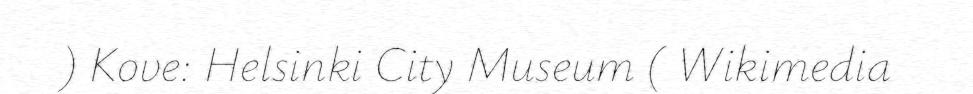
) Kove: Helsinki City Museum ( Wikimedia